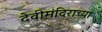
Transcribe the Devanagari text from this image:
देवीमंदिराच्या